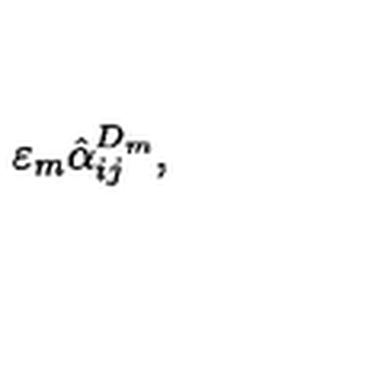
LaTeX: \varepsilon _ { m } \hat { \alpha } _ { i j } ^ { D _ { m } } ,